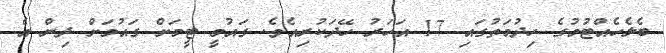
ބެލެހެއްޓުމުގެ ހިދުމަތުގައި 17 އަހަރު ހޭދަކުރިއެވެ. ގައުމީ ޓީމަށް ގައުމަށް ދިން އެ